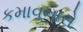
કમાવનારો